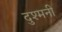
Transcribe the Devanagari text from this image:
दुश्‍मनी